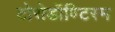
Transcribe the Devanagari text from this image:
टोरोडॉण्टिस्म